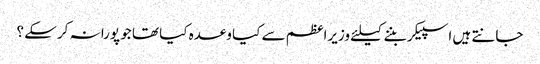
جانتے ہیں اسپیکر بننے کیلئے وزیراعظم سے کیا وعدہ کیا تھا جو پورا نہ کرسکے ؟